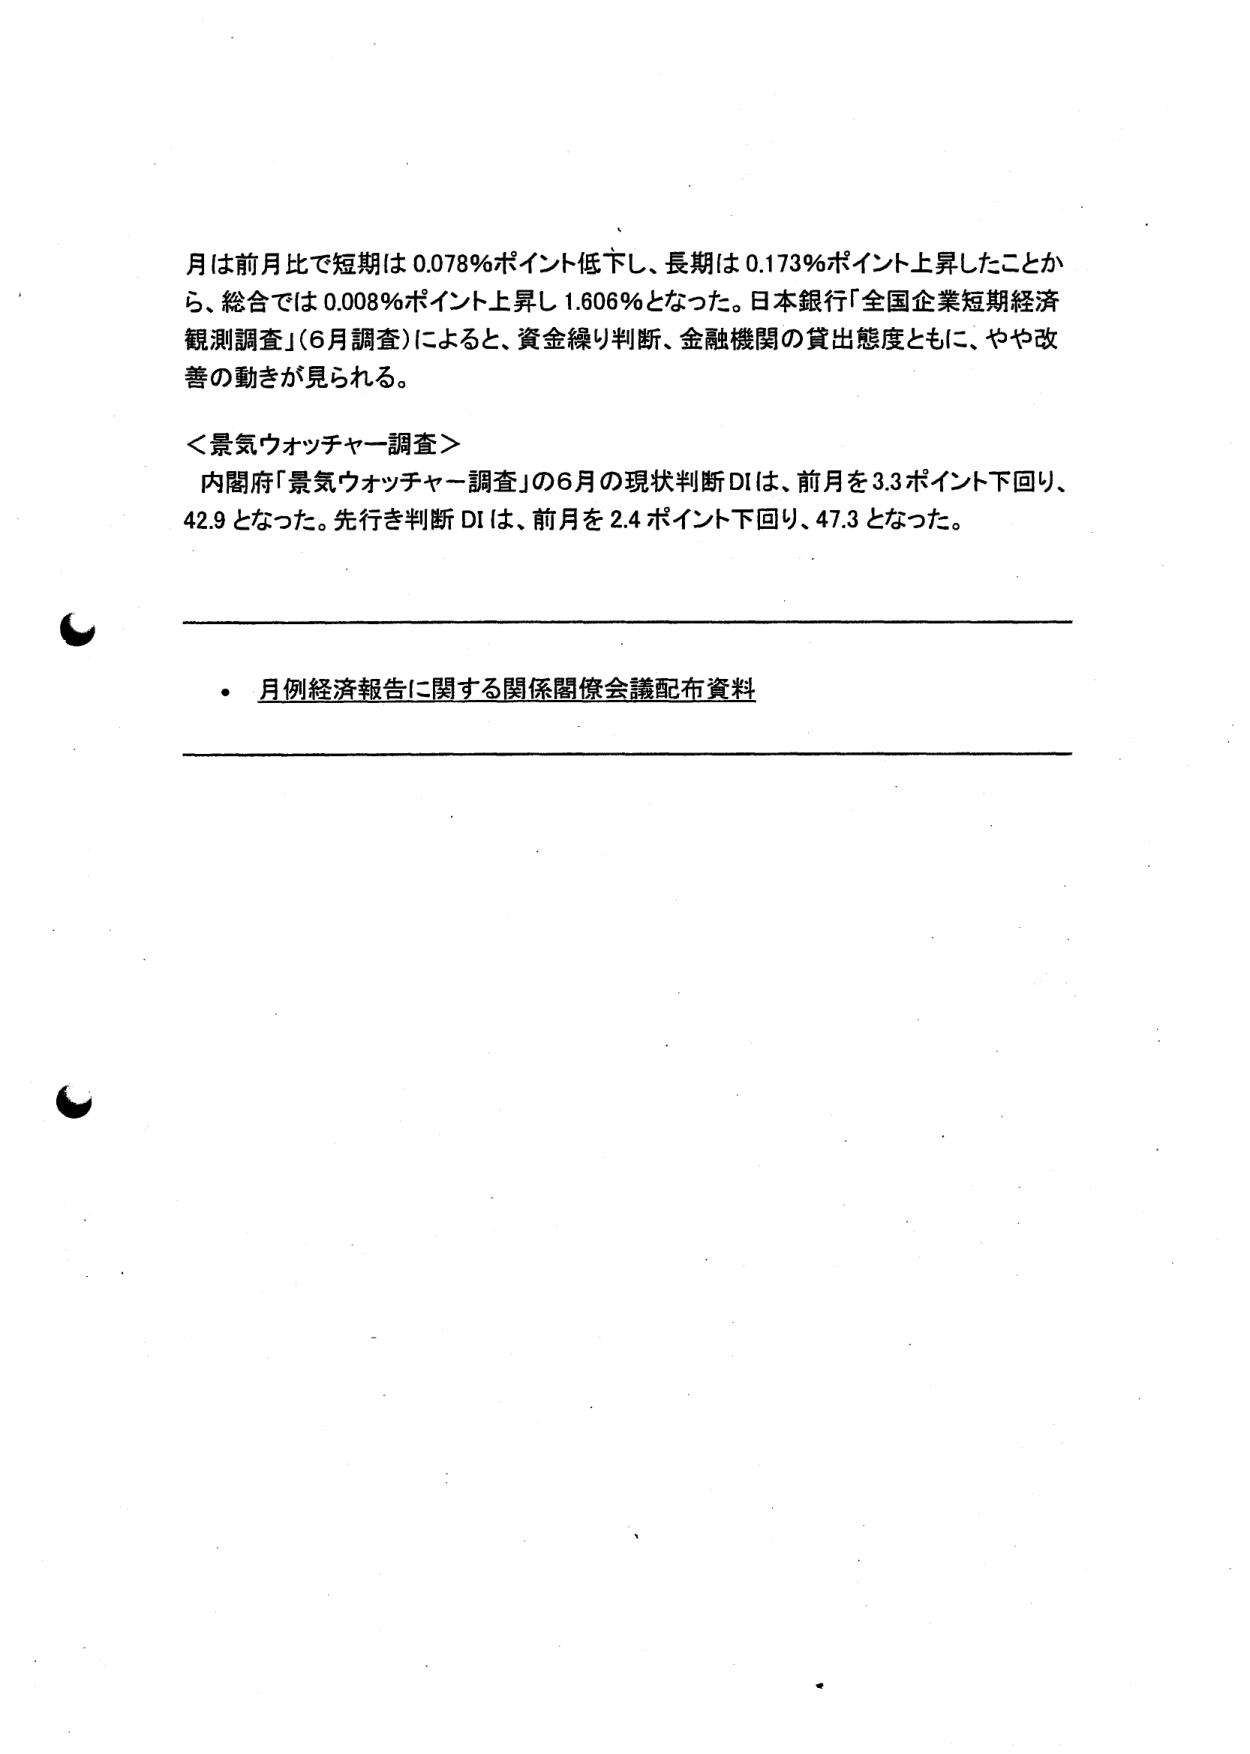
月は前月比で短期は0.078％ポイント低下し、長期は0.173％ポイント上昇したことから、総合では0.008％ポイント上昇し1.606％となった。日本銀行「全国企業短期経済観測調査」（6月調査）によると、資金繰り判断、金融機関の貸出態度ともに、やや改善の動きが見られる。

＜景気ウォッチャー調査＞
内閣府「景気ウォッチャー調査」の6月の現状判断DIは、前月を3.3ポイント下回り、42.9となった。先行き判断DIは、前月を2.4ポイント下回り、47.3となった。

・月例経済報告に関する関係閣僚会議配布資料